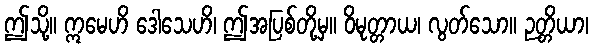
ဤသို့။ ဣမေဟိ ဒေါသေဟိ၊ ဤအပြစ်တို့မှ။ ဝိမုတ္တာယ၊ လွတ်သော။ ဉတ္တိယာ၊